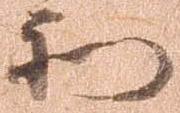
和